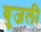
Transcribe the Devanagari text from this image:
बुजली